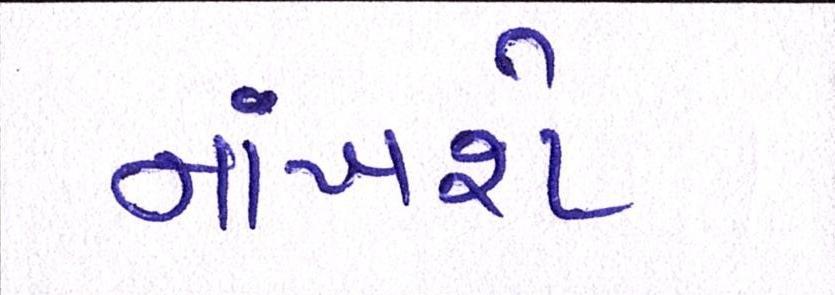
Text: નાંખશે